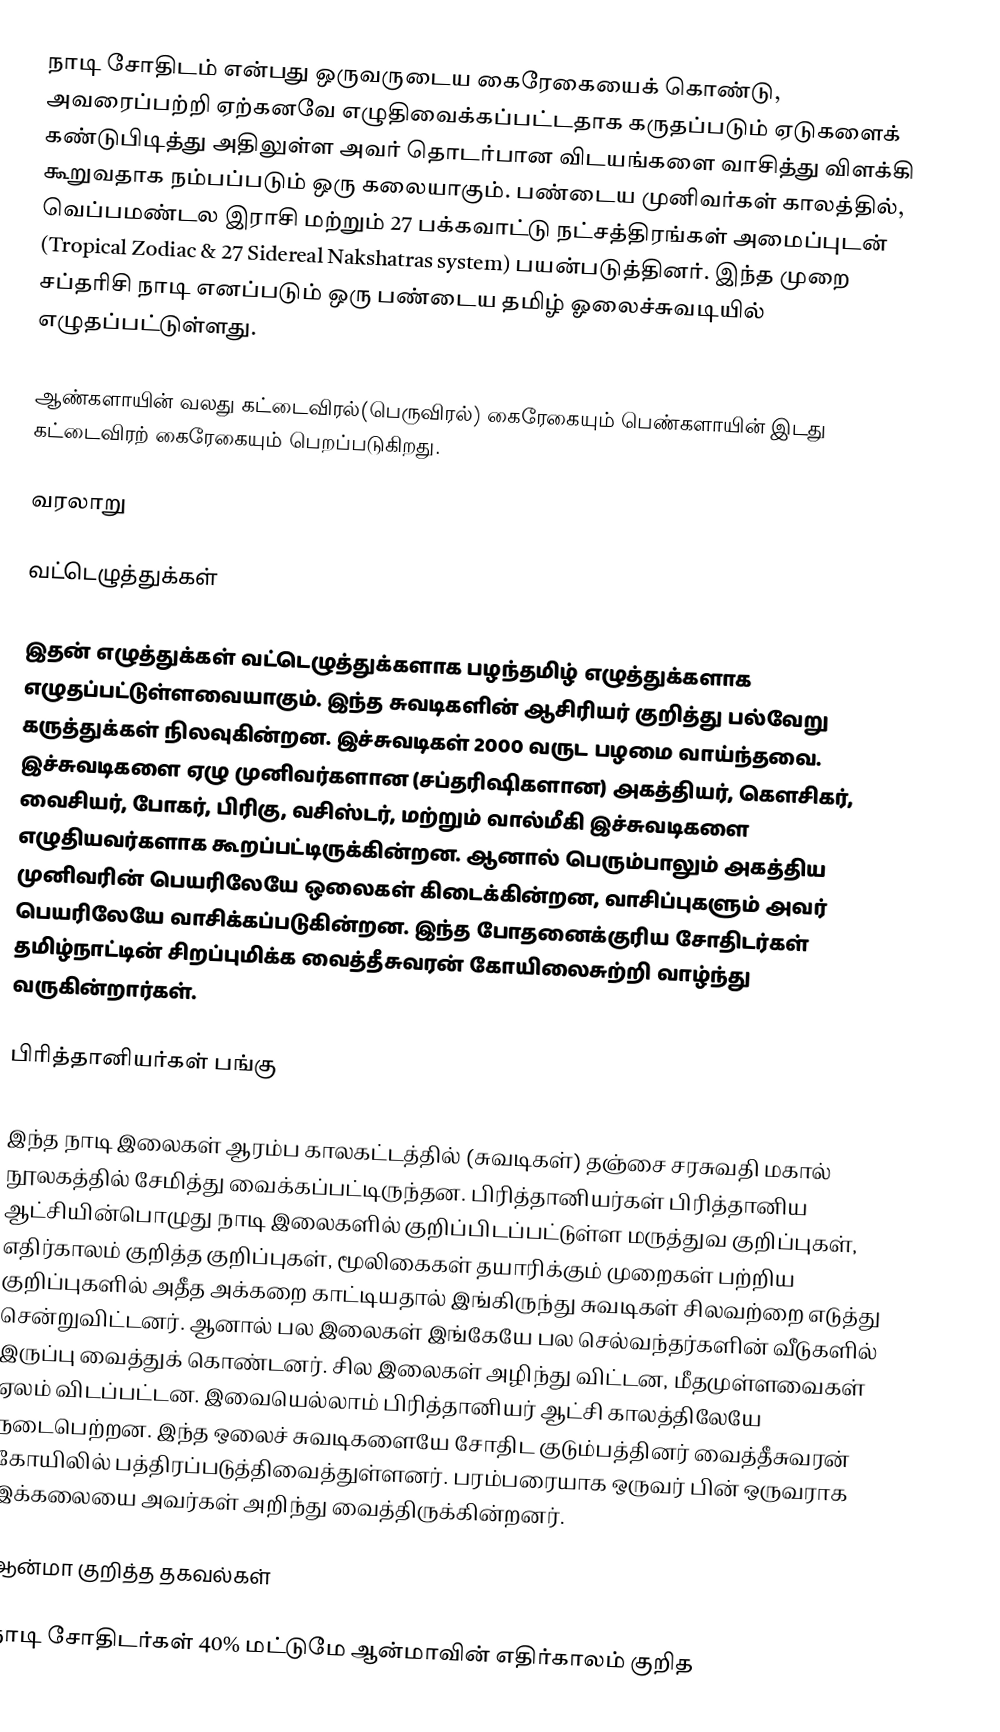
நாடி சோதிடம் என்பது ஒருவருடைய கைரேகையைக் கொண்டு, அவரைப்பற்றி ஏற்கனவே எழுதிவைக்கப்பட்டதாக கருதப்படும் ஏடுகளைக் கண்டுபிடித்து அதிலுள்ள அவர் தொடர்பான விடயங்களை வாசித்து விளக்கி கூறுவதாக நம்பப்படும் ஒரு கலையாகும். பண்டைய முனிவர்கள் காலத்தில், வெப்பமண்டல இராசி மற்றும் 27 பக்கவாட்டு நட்சத்திரங்கள் அமைப்புடன் (Tropical Zodiac & 27 Sidereal Nakshatras system) பயன்படுத்தினர். இந்த முறை சப்தரிசி நாடி எனப்படும் ஒரு பண்டைய தமிழ் ஓலைச்சுவடியில் எழுதப்பட்டுள்ளது.

ஆண்களாயின் வலது கட்டைவிரல்(பெருவிரல்) கைரேகையும் பெண்களாயின் இடது கட்டைவிரற் கைரேகையும் பெறப்படுகிறது.

வரலாறு

வட்டெழுத்துக்கள்

இதன் எழுத்துக்கள் வட்டெழுத்துக்களாக பழந்தமிழ் எழுத்துக்களாக எழுதப்பட்டுள்ளவையாகும். இந்த சுவடிகளின் ஆசிரியர் குறித்து பல்வேறு கருத்துக்கள் நிலவுகின்றன. இச்சுவடிகள் 2000 வருட பழமை வாய்ந்தவை. இச்சுவடிகளை ஏழு முனிவர்களான (சப்தரிஷிகளான) அகத்தியர், கௌசிகர், வைசியர், போகர், பிரிகு, வசிஸ்டர், மற்றும் வால்மீகி இச்சுவடிகளை எழுதியவர்களாக கூறப்பட்டிருக்கின்றன. ஆனால் பெரும்பாலும் அகத்திய முனிவரின் பெயரிலேயே ஒலைகள் கிடைக்கின்றன, வாசிப்புகளும் அவர் பெயரிலேயே வாசிக்கப்படுகின்றன. இந்த போதனைக்குரிய சோதிடர்கள் தமிழ்நாட்டின் சிறப்புமிக்க வைத்தீசுவரன் கோயிலைசுற்றி வாழ்ந்து வருகின்றார்கள்.

பிரித்தானியர்கள் பங்கு

இந்த நாடி இலைகள் ஆரம்ப காலகட்டத்தில் (சுவடிகள்) தஞ்சை சரசுவதி மகால் நூலகத்தில் சேமித்து வைக்கப்பட்டிருந்தன. பிரித்தானியர்கள் பிரித்தானிய ஆட்சியின்பொழுது நாடி இலைகளில் குறிப்பிடப்பட்டுள்ள மருத்துவ குறிப்புகள், எதிர்காலம் குறித்த குறிப்புகள், மூலிகைகள் தயாரிக்கும் முறைகள் பற்றிய குறிப்புகளில் அதீத அக்கறை காட்டியதால் இங்கிருந்து சுவடிகள் சிலவற்றை எடுத்து சென்றுவிட்டனர். ஆனால் பல இலைகள் இங்கேயே பல செல்வந்தர்களின் வீடுகளில் இருப்பு வைத்துக் கொண்டனர். சில இலைகள் அழிந்து விட்டன, மீதமுள்ளவைகள் ஏலம் விடப்பட்டன. இவையெல்லாம் பிரித்தானியர் ஆட்சி காலத்திலேயே நடைபெற்றன. இந்த ஒலைச் சுவடிகளையே சோதிட குடும்பத்தினர் வைத்தீசுவரன் கோயிலில் பத்திரப்படுத்திவைத்துள்ளனர். பரம்பரையாக ஒருவர் பின் ஒருவராக இக்கலையை அவர்கள் அறிந்து வைத்திருக்கின்றனர்.

ஆன்மா குறித்த தகவல்கள்

நாடி சோதிடர்கள் 40% மட்டுமே ஆன்மாவின் எதிர்காலம் குறித